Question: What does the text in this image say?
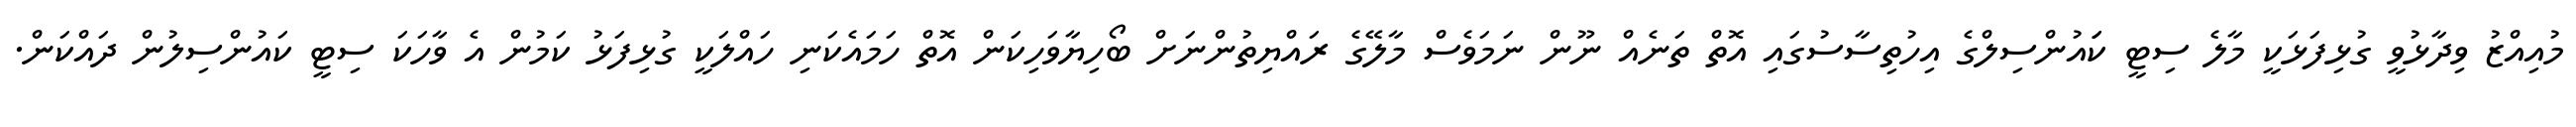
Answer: މުއިއްޒު ވިދާޅުވީ ގުޅިފަޅަކީ މާލެ ސިޓީ ކަައުންސިލްގެ އިހުތިސާސުގައި އޮތް ތަނެއް ނޫން ނަމަވެސް މާލޭގެ ރައްޔިތުންނަށް ބޯހިޔާވަހިކަން އޮތް ހަމައެކަނި ހައްލަކީ ގުޅިފަޅު ކަމުން އެ ވާހަކަ ސިޓީ ކައުންސިލުން ދައްކަން.